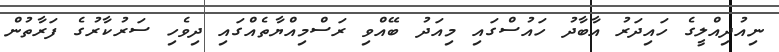
ނިއުދިއްލީގެ ހައިދަރު އާބާދު ހައުސްގައި މިއަދު ބޭއްވި ރަސްމިއްޔާތެއްގައި ދިވެހި ސަރުކާރުގެ ފަރާތުން